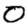
Digit: 0